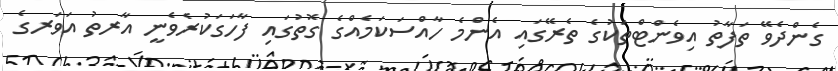
ގެންދެވޭ ތަފާތު އިވެންޓްތަކުގެ ތެރޭގައި އެންމެ ހާއްސަކަމެއްގެ ގޮތުގައި ފާހަގަކުރެވެނީ އާރތު އަވަރގެ